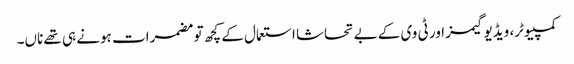
کمپیوٹر، ویڈیو گیمز اور ٹی وی کے بے تحاشا استعمال کے کچھ تو مضمرات ہونے ہی تھے ناں۔